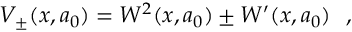
V _ { \pm } ( x , a _ { 0 } ) = W ^ { 2 } ( x , a _ { 0 } ) \pm W ^ { \prime } ( x , a _ { 0 } ) ~ ~ ,